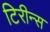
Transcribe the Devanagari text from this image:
टिरीन्स